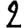
Digit: 2